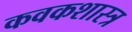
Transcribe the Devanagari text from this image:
कवकशास्त्र